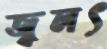
জ্বলৎ